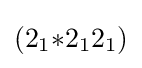
(2_{1}{*}2_{1}2_{1})